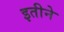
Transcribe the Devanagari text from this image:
इतीने